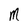
Character: M